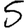
Digit: 5